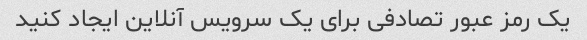
یک رمز عبور تصادفی برای یک سرویس آنلاین ایجاد کنید